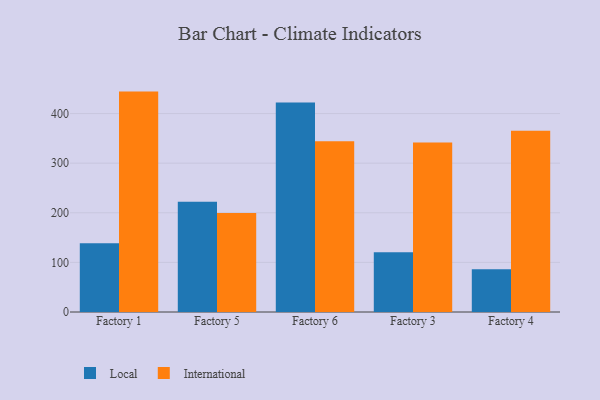
{"axis": {"x": "Factory", "y": "Demand Index"}, "legend": ["International", "Local"], "data": [{"x": "Factory 1", "y": 138.7, "type": "Local"}, {"x": "Factory 1", "y": 444.3, "type": "International"}, {"x": "Factory 5", "y": 222.0, "type": "Local"}, {"x": "Factory 5", "y": 199.5, "type": "International"}, {"x": "Factory 6", "y": 422.5, "type": "Local"}, {"x": "Factory 6", "y": 344.1, "type": "International"}, {"x": "Factory 3", "y": 120.3, "type": "Local"}, {"x": "Factory 3", "y": 341.7, "type": "International"}, {"x": "Factory 4", "y": 86.4, "type": "Local"}, {"x": "Factory 4", "y": 365.4, "type": "International"}]}